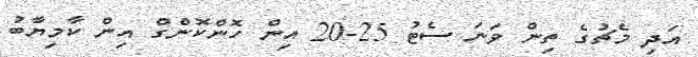
އަދި މެޗުގެ ތިން ވަނަ ސެޓު 25-20 އިން ހޮންކޮންގް އިން ކާމިޔާބު